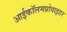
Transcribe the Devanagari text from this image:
आईकॉलमप्रोवाइडर